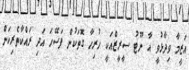
އަޒީމާ ވިދާޅުވީ އާ ނޫޓު ސީރީޒްއަކީ ހުރިހާ ގޮތަކުން ފަސޭހަ އަދި ރައްކާތެރިކަން